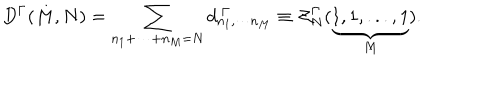
LaTeX: D ^ { \Gamma } ( M , N ) = \sum _ { n _ { 1 } + \cdots + n _ { M } = N } d _ { n _ { 1 } , \cdots n _ { M } } ^ { \ \Gamma } \equiv { \cal Z } _ { N } ^ { \Gamma } ( \underbrace { 1 , 1 , . . . , 1 } _ { M } ) .